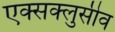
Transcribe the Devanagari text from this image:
एक्सक्लुसीव